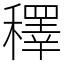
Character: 䆁